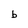
Character: b